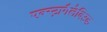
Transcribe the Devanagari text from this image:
एक्स्ट्रागैलेक्टिक